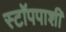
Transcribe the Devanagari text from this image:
स्टॉपपाशी